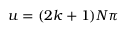
u = ( 2 k + 1 ) N \pi